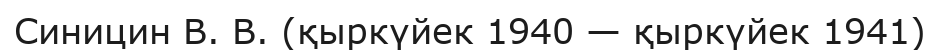
Синицин В. В. (қыркүйек 1940 — қыркүйек 1941)